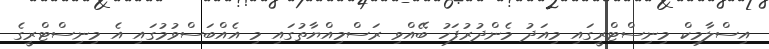
އިސްލާމިކް މިނިސްޓްރީގައި މިއަދު މެންދުރުފަހު ބޭއްވި ރަސްމިއްޔާތުގައި މި އެއްބަސްވުމުގައި އެ މިނިސްޓްރީގެ